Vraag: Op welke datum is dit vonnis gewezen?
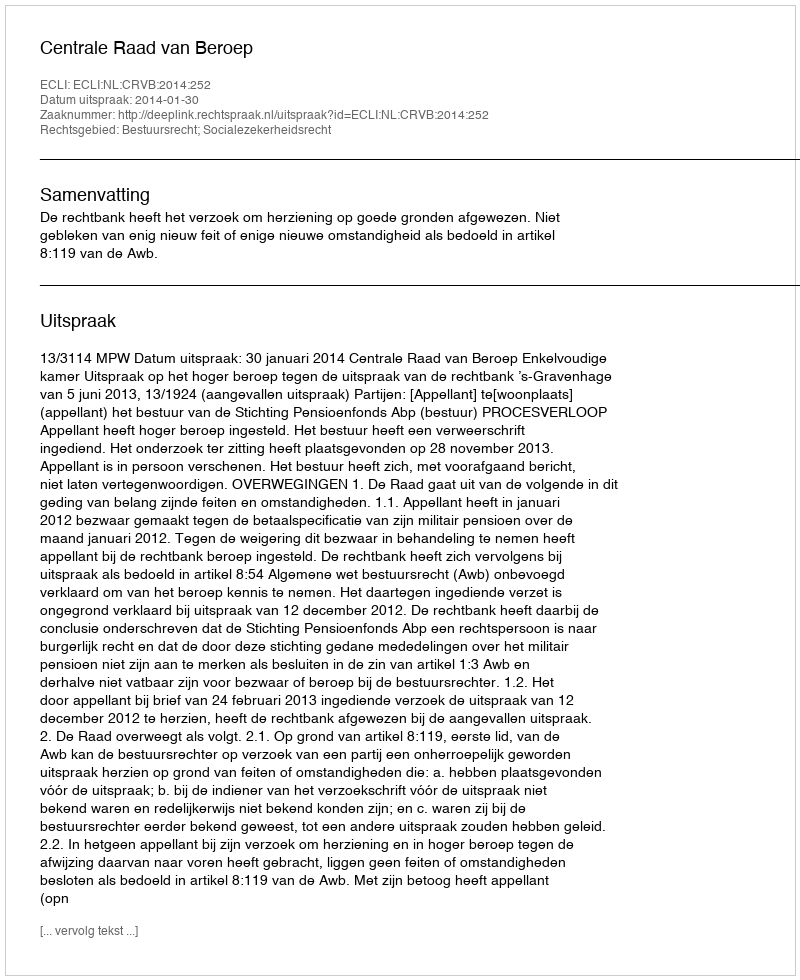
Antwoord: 2014-01-30